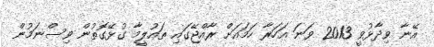
އޭނާ ވިދާޅުވީ 2013 ވަނަ އަހަރާ ހަމައަށް ރާއްޖޭގައި ތައުލީމާ ގުޅޭގޮތުން ވިސްނަމުން